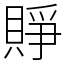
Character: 𧶄